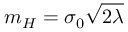
m _ { H } = \sigma _ { 0 } { \sqrt { 2 \lambda } }